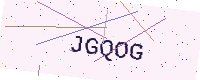
Text: JGQOG